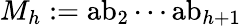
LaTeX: M_{h}:={\mathrm{ab}}_{2}\cdots{\mathrm{ab}}_{h+1}